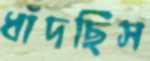
ধাঁদছিস